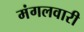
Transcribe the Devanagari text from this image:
मंगलवारी